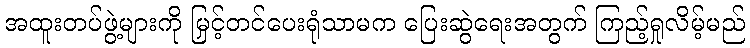
အထူးတပ်ဖွဲ့များကို မြှင့်တင်ပေးရုံသာမက ပြေးဆွဲရေးအတွက် ကြည့်ရှုလိမ့်မည်